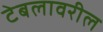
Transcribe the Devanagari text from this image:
टेबलावरील